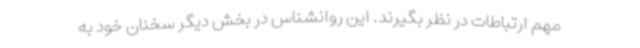
مهم ارتباطات در نظر بگیرند. این روانشناس در بخش دیگر سخنان خود به